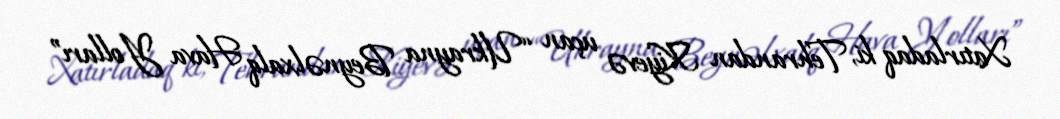
Xatırladaq ki, Tehrandan Kiyevə uçan “Ukrayna Beynəlxalq Hava Yolları”